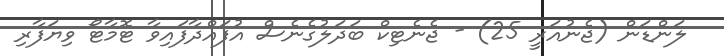
ލަންޑަން (ޖެނުއަރީ 25) - ޖެނެޓިކް ބަދަލުގެނެސް އުފައްދާފައިވާ ޓޮމާޓޯ ވިޔަފާރި